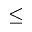
\leq